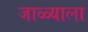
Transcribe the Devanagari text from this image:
जाळ्याला